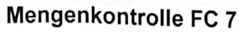
Text: Mengenkontrolle FC 7